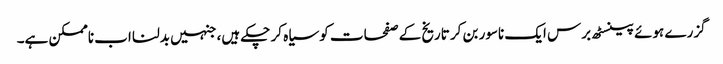
گزرے ہوئے پینسٹھ برس ایک ناسور بن کر تاریخ کے صفحات کو سیاہ کر چکے ہیں، جنہیں بدلنا اب ناممکن ہے۔